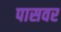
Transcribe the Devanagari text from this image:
पासवर